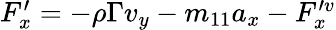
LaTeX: \begin{array}{r}{F_{x}^{\prime}=-\rho\Gamma v_{y}-m_{11}a_{x}-F_{x}^{\prime v}}\end{array}